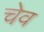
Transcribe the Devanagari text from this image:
चेव